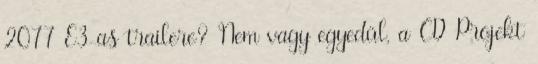
2077 E3-as trailere? Nem vagy egyedül, a CD Projekt